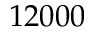
1 2 0 0 0